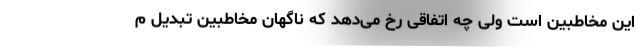
این مخاطبین است ولی چه اتفاقی رخ می‌دهد که ناگهان مخاطبین تبدیل م